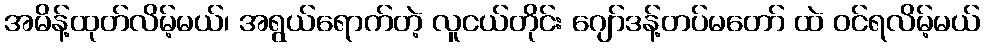
အမိန့်ထုတ်လိမ့်မယ်၊ အရွယ်ရောက်တဲ့ လူငယ်တိုင်း ဂျော်ဒန့်တပ်မတော် ထဲ ဝင်ရလိမ့်မယ်